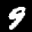
Label: 9